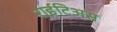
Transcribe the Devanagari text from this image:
राईटिअस